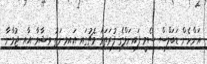
އަންހެން ޑަބަލްސް ސެމީ ފައިނަލްގެ ފުރަތަމަ މެޗުގައި އަައިމިނަތު ވިޝާމާ އާއި ޖުމާނާ